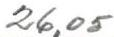
26,05